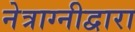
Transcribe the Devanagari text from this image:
नेत्राग्नीद्वारा